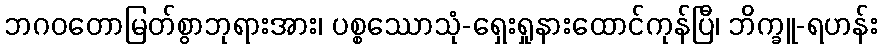
ဘဂဝတောမြတ်စွာဘုရားအား၊ ပစ္စဿောသုံ-ရှေးရှုနားထောင်ကုန်ပြီ၊ ဘိက္ခူ-ရဟန်း